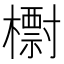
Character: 㯹